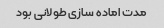
مدت اماده سازی طولانی بود